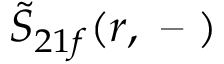
\tilde { S } _ { 2 1 f } ( r , \textrm { -- } )